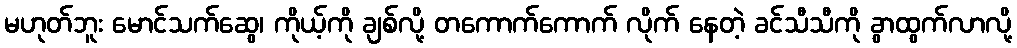
မဟုတ်ဘူး မောင်သက်ဆွေ၊ ကိုယ့်ကို ချစ်လို့ တကောက်ကောက် လိုက် နေတဲ့ ခင်သီသီကို ခွာထွက်လာလို့